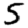
Digit: 5